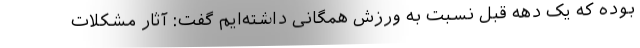
بوده که یک دهه قبل نسبت به ورزش همگانی داشته‌ایم گفت: آثار مشکلات